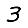
Digit: 3